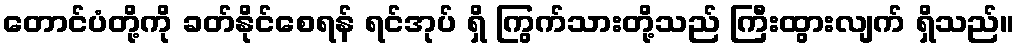
တောင်ပံတို့ကို ခတ်နိုင်စေရန် ရင်အုပ် ရှိ ကြွက်သားတို့သည် ကြီးထွားလျက် ရှိသည်။